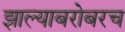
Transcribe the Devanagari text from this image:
झाल्याबरोबरच